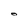
Character: O